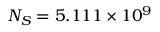
N _ { S } = 5 . 1 1 1 \times 1 0 ^ { 9 }